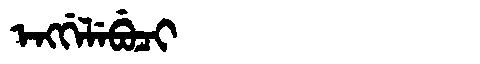
Manchu: ᡝᠩᡤᡝᠯᡝᠪᡠᠴᡳ
Romanization: ENGGELEBUCI